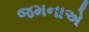
જમનાએ